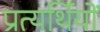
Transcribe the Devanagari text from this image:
प्रत्यर्थियों